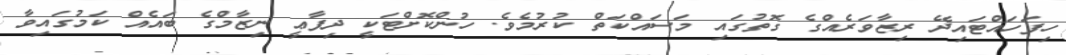
ހިފަހައްޓައިދޭ ރިޒާވަރެއްގެ ގޮތުގައި މަސައްކަތް ކުރުމެވެ. ހުންކޮށްޓަކީ ދިފާޢީ ނިޒާމްގެ ބައެއް ކަމުގައިވާ